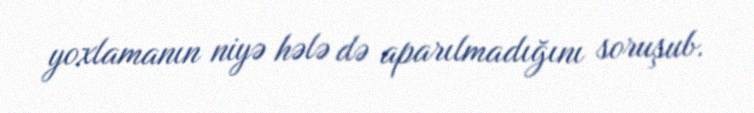
yoxlamanın niyə hələ də aparılmadığını soruşub.